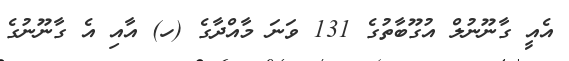
އެއީ ގާނޫނުލް އުގޫބާތުގެ 131 ވަނަ މާއްދާގެ (ހ) އާއި އެ ގާނޫނުގެ